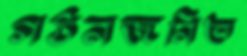
গঠনজনিত